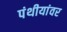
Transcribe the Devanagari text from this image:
पंथीयांवर